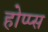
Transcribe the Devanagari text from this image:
होप्प्स